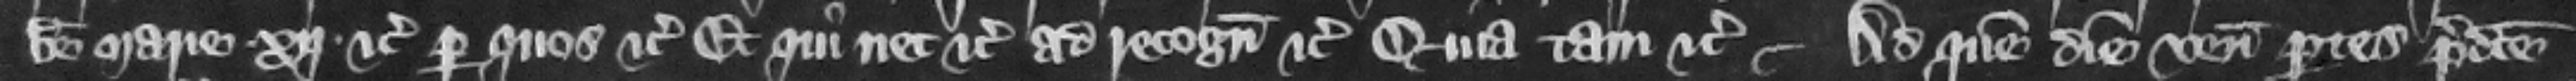
beate marie .xij. etc. per quos etc. et qui nec etc. ad recognoscendum etc. quia tam etc.Ad quem diem veniunt partes predicte